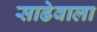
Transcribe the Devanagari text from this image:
साढेवाला